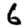
Digit: 6